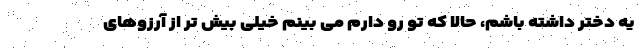
یه دختر داشته باشم، حالا که تو رو دارم می بینم خیلی بیش تر از آرزوهای